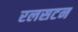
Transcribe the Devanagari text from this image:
रलसटन